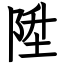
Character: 陞